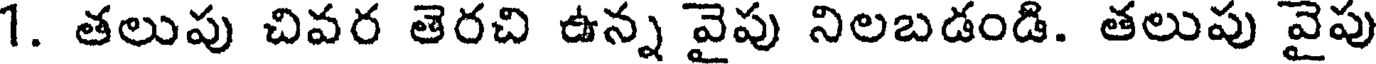
1. తలుపు చివర తెరచి ఉన్న వైపు నిలబడండి. తలుపు వైపు